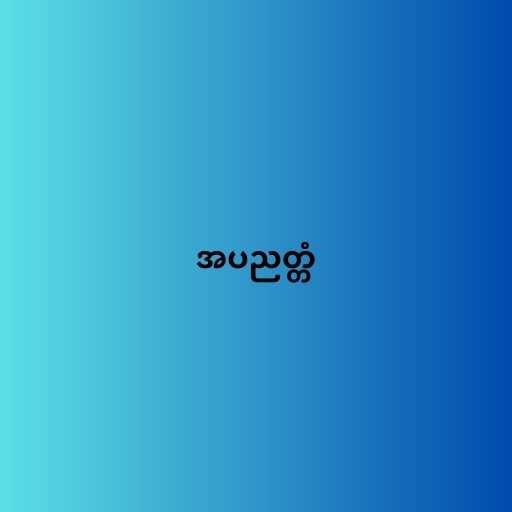
အပညတ္တံ